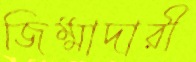
জিম্মাদারী